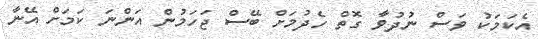
އެކަމަކު ވަސް ނުދުވާ ގޮތް ހެދުމަށް ބޭސް ޖަހަމުން އަންނަ ކަމަށް އޭނާ